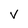
Character: V